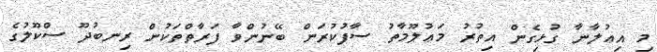
މި އިޢުލާނާ ގުޅިގެން އިތުރު މަޢުލޫމާތު ސާފުކުރަން ބޭނުންވާ ފަރާތްތަކުން ރިނބުދޫ ސްކޫލުގެ